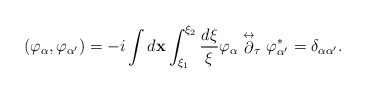
\begin{align*}\left( \varphi _{\alpha },\varphi _{\alpha ^{\prime }}\right) =-i\int d{\mathbf x}\int _{\xi _1}^{\xi _2} \frac{d\xi }{\xi}\varphi _{\alpha } \stackrel{\leftrightarrow }{\partial }_{\tau}\varphi ^{*}_{\alpha '}= \delta _{\alpha \alpha ^{\prime }}.\end{align*}